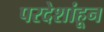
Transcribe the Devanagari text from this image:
परदेशांहून